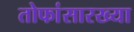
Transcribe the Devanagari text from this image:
तोफांसारख्या